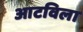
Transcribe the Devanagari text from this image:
आटविला